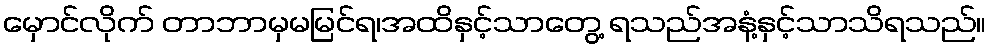
မှောင်လိုက် တာဘာမှမမြင်ရ၊အထိနှင့်သာတွေ့ ရသည်အနံ့နှင့်သာသိရသည်။